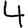
Digit: 4